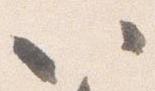
以